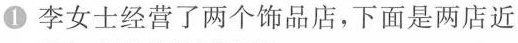
1 李女士经营了两个饰品店，下面是两店近